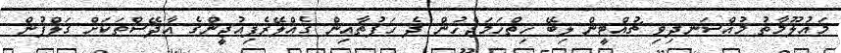
މައުލޫމާތު މުއްސަނދިވި ޗުއްޓީން ލިބޭ ހިތްހަމަޖެހުން ދެ ހަފުތާއިން ގެއްލޭރެފިއުޖީންގެ އާދޭސްތަކަށް ގަލްފުން